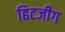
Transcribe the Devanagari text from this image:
हिटजीग